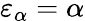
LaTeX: \varepsilon_{\alpha}=\alpha